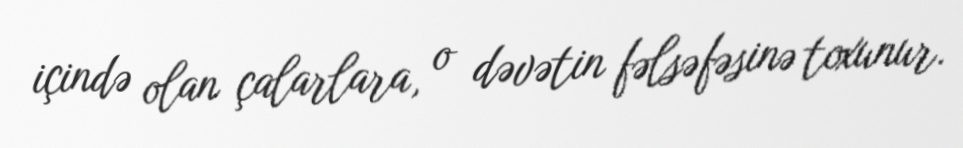
içində olan çalarlara, o dəvətin fəlsəfəsinə toxunur.